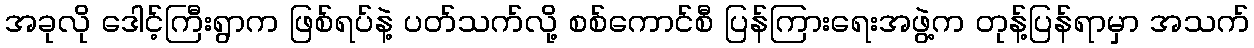
အခုလို ဒေါင့်ကြီးရွာက ဖြစ်ရပ်နဲ့ ပတ်သက်လို့ စစ်ကောင်စီ ပြန်ကြားရေးအဖွဲ့က တုန့်ပြန်ရာမှာ အသက်